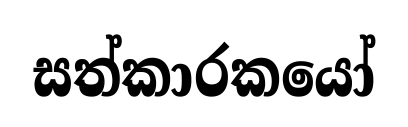
සත්කාරකයෝ